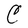
Character: C